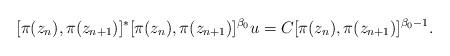
LaTeX: \begin{align*}[\pi(z_{n}),\pi(z_{n+1})]^*[\pi(z_{n}),\pi(z_{n+1})]^{\beta_{0}}u = C [\pi(z_{n}),\pi(z_{n+1})]^{\beta_0-1}. \end{align*}